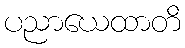
ပညာယေထာတိ